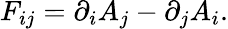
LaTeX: F_{ij}=\partial_{i}A_{j}-\partial_{j}A_{i}.